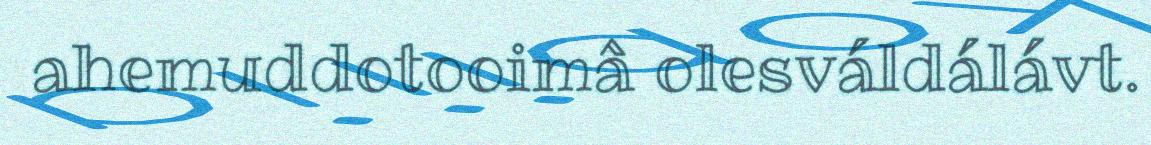
ahemuddotooimâ olesváldálávt.